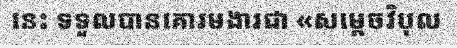
នេះ ទទួលបានគោរមងារជា «សម្តេចវិបុល